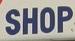
shop